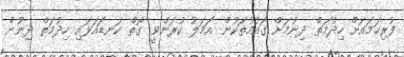
ފުރިހަމައަށް ހިދުމަތް ދިނުމަށް ގައުމުތަކުން އަމަލު ކުރަންވީ ގޮތް ކަނޑައަޅައި ހިދުމަތް ދިނުން